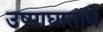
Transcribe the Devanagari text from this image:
उष्माघाताने